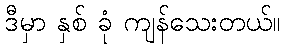
ဒီမှာ နှစ် ခုံ ကျန်သေးတယ်။